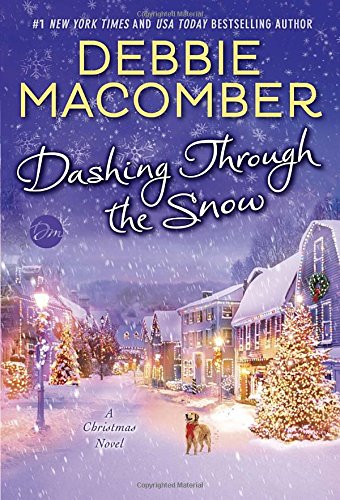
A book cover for Dashing Through the Snow: A Christmas Novel; Debbie Macomber; Romance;